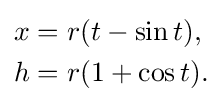
{\begin{aligned}x&=r(t-\sin t),\\h&=r(1+\cos t).\end{aligned}}